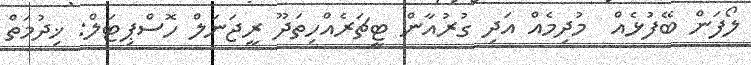
ލޯފަން ބޭފުޅެއް  މުދިމެއް އަދި ގުރުއާން ޓީޗަރެއްހިތަދޫ ރީޖަނަލް ހޮސްޕިޓަލް: ޚިދުމަތް